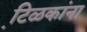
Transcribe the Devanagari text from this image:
टि़ळकांना